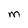
Character: M